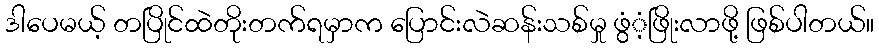
ဒါပေမယ့် တပြိုင်ထဲတိုးတက်ရမှာက ပြောင်းလဲဆန်းသစ်မှု ဖွံံ့ဖြိုးလာဖို့ ဖြစ်ပါတယ်။